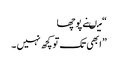
“ میںنے پوچھا
” ابھی تک تو کچھ نہیں ۔